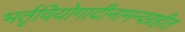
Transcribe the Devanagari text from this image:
भर्तृवियोगादीनामन्वग्रहीत